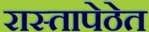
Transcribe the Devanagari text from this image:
रास्तापेठेत